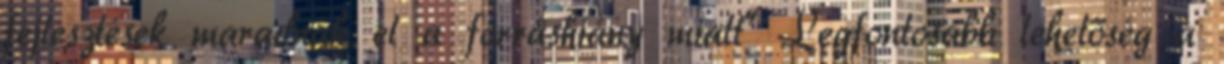
fejlesztések maradnak el a forráshiány miatt” Legfontosabb lehetőség a